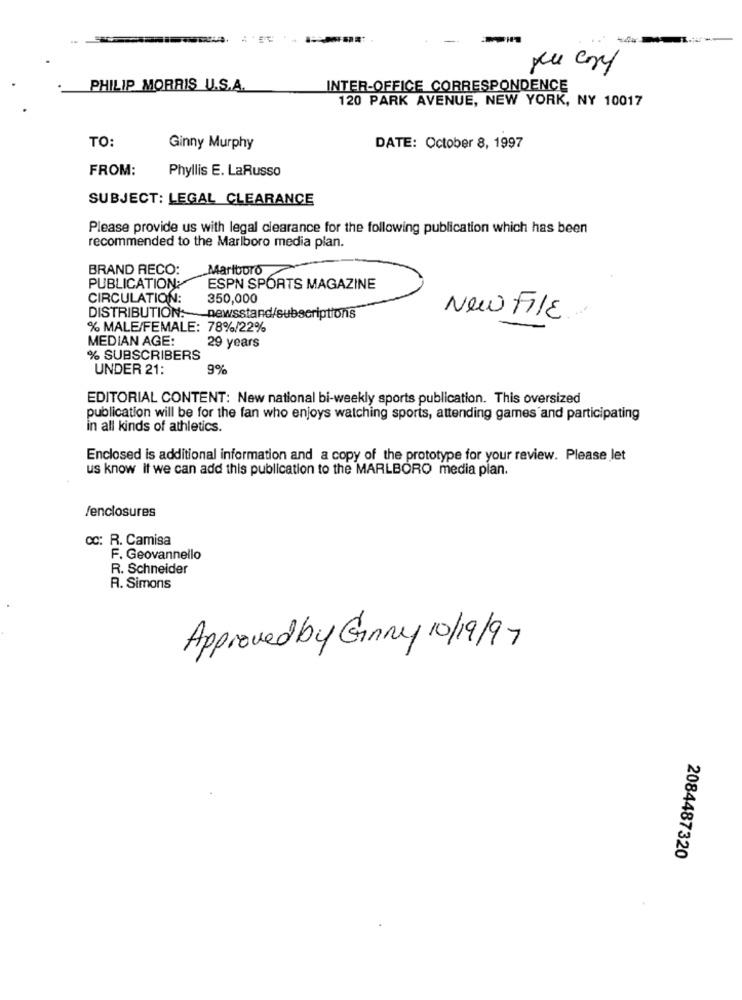
-
PHILIP MORRIS U.S.A.
INTER-OFFICE CORRESPONDENCE
120 PARK AVENUE, NEW YORK, NY 10017
TO:
Ginny Murphy
DATE: October 8, 1997
FROM:
Phyllis E. LaRusso
SUBJECT: LEGAL CLEARANCE
Please provide us with legal clearance for the following publication which has been
recommended to the Marlboro media plan.
BRAND RECO:
Marlboro
PUBLICATION:
ESPN SPORTS MAGAZINE
CIRCULATION:
350,000
DISTRIBUTION: newsstand/subscriptions
New FILE
% MALE/FEMALE: 78%/22%
MEDIAN AGE:
29 years
% SUBSCRIBERS
UNDER 21:
9%
EDITORIAL CONTENT: New national bi-weekly sports publication. This oversized
publication will be for the fan who enjoys watching sports, attending games and participating
in all kinds of athletics.
Enclosed is additional information and a copy of the prototype for your review. Please let
us know if we can add this publication to the MARLBORO media plan.
/enclosures
cc: R. Camisa
F. Geovannello
R. Schneider
R. Simons
Approved by Ginny 10/19/97
2084487320